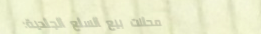
محلات بيع السلع الجلدية: